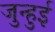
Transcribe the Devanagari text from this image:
जुन्हुई